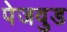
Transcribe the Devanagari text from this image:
पेजवुड